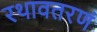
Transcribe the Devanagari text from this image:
रथावतरणं